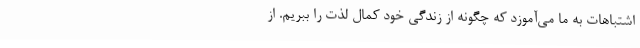
اشتباهات به ما می‌آموزد که چگونه از زندگی خود کمال لذت را ببریم. از